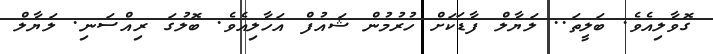
ގޮވާލިއެވެ. ބަލީތަ.. ލަޔާލް ފާޑަކަށް ހުރުމުން ޝައުފް އަހާލިއެވެ. ބޮލުގަ ރިއްސަނި. ލަޔާލް